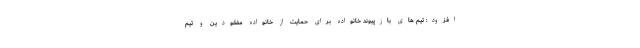
افزود: تیم های بازپیوند خانواده برای حمایت از خانواده مفقودین و تیم